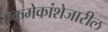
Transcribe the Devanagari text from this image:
एकमेकांशेजारील